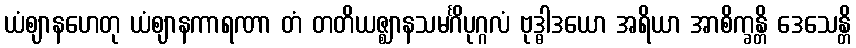
ယံဈာနဟေတု ယံဈာနကာရဏာ တံ တတိယဇ္ဈာနသမင်္ဂိပုဂ္ဂလံ ဗုဒ္ဓါဒယော အရိယာ အာစိက္ခန္တိ ဒေသေန္တိ